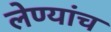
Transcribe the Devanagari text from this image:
लेण्यांच